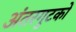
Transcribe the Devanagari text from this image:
अंतरगुटकों